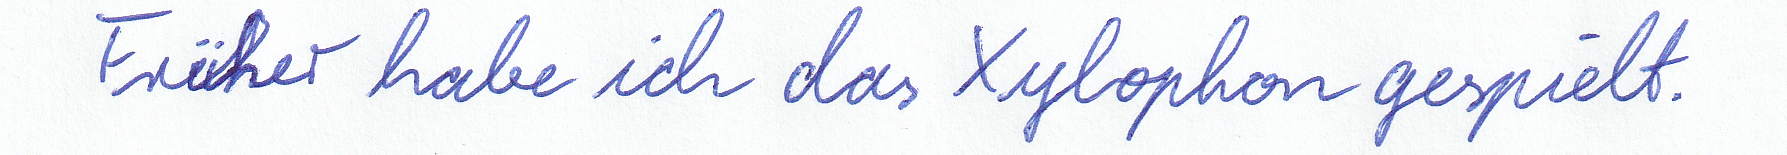
Früher habe ich das Xylophon gespielt.